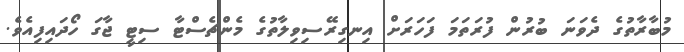
މުބާރާތުގެ ދެވަނަ ބުރުން ފުރަތަމަ ފަހަރަށް އިނގިރޭސިވިލާތުގެ މެންޗެސްޓާ ސިޓީ ޖާގަ ހޯދައިފިއެވެ.